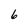
Character: 6